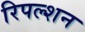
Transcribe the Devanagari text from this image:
रिपल्शन